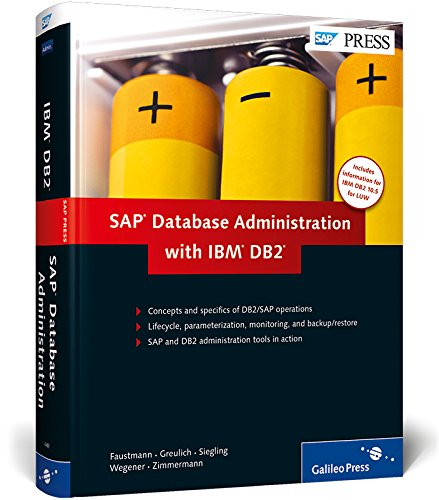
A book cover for SAP Database Administration with IBM DB2; AndrÃ© Faustmann; Computers & Technology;